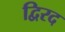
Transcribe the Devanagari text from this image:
द्विरद